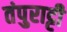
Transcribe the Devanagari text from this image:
तंपुराट्टी